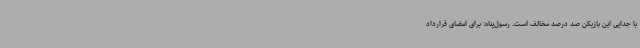
با جدایی این بازیکن صد درصد مخالف است. رسول‌پناه: برای امضای قرارداد